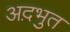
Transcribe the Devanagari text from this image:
अद़भुत